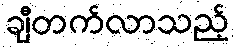
ချီတက်လာသည့်